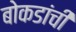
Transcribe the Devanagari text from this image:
बोकडांची